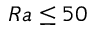
R a \leq 5 0